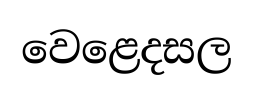
වෙළෙදසල